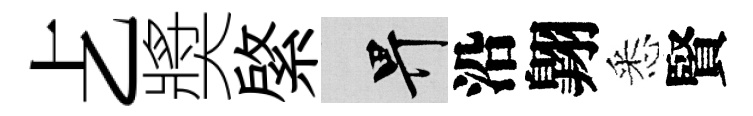
𠧒奬綮畀沿翺悉賢